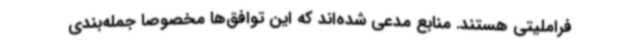
فراملیتی هستند. منابع مدعی شده‌اند که این توافق‌ها مخصوصاً جمله‌بندی